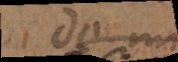
de la